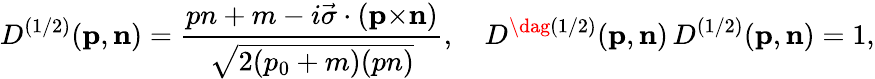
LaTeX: {D}^{(1/2)}({\mathbf p},{\mathbf n})=\frac{pn+m-i{\vec{\sigma}}\cdot({\mathbf p}{\times}{\mathbf n})}{\sqrt{2(p_{0}+m)(pn)}},\quad{D}^{\dag(1/2)}({\mathbf p},{\mathbf n})\, {D}^{(1/2)}({\mathbf p},{\mathbf n})=1,